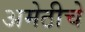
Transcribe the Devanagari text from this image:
अमेठीचे